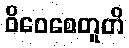
ဝိဝေစေတူတိ